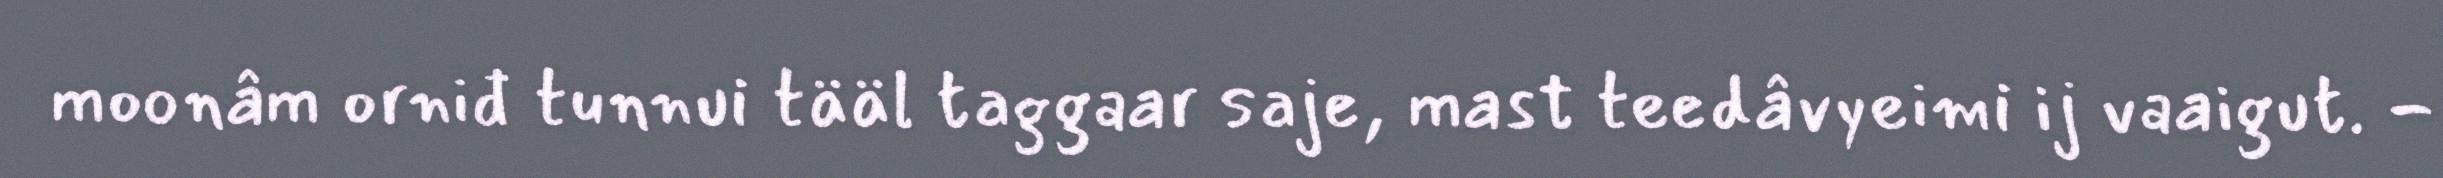
moonâm orniđ tunnui tääl taggaar saje, mast teedâvyeimi ij vaaigut. -